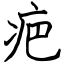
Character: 疤